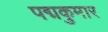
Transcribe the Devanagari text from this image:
पद्मकुमार